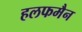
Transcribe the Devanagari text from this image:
हलफमैन